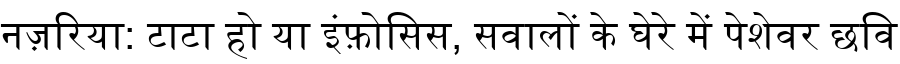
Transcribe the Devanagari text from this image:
नज़रिया: टाटा हो या इंफ़ोसिस, सवालों के घेरे में पेशेवर छवि